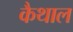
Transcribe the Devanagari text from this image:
कैथाल